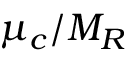
\mu _ { c } / M _ { R }